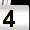
Digit: 4